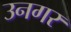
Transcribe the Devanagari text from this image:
उनगर